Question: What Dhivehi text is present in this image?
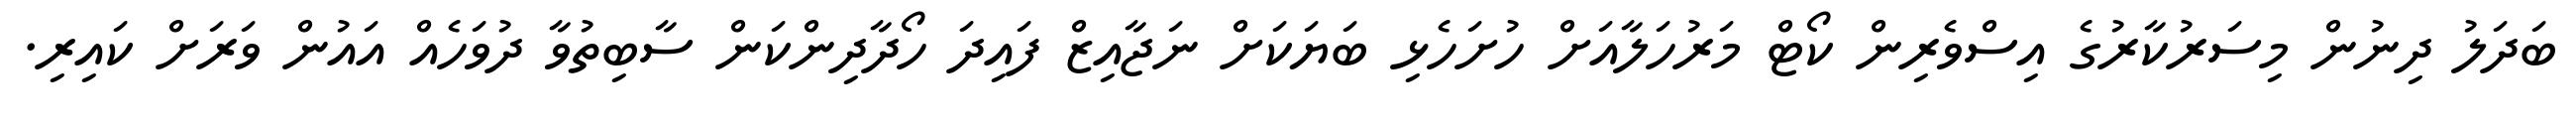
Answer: ބަދަލު ދިނުން މިސަރުކާރުގެ އިސްވެރިން ކޯޓް މަރުހަލާއަށް ހުށަހެޅި ބަޔަކަށް ނަޖާއިޒް ފައިދަ ހޯދާދިންކަން ސާބިތުވާ ދުވަހެއް އައުން ވަރަށް ކައިރި.